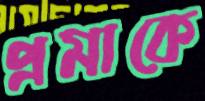
প্রমাকে